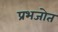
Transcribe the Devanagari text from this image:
प्रभजोत